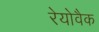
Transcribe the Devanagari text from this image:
रेयोवैक